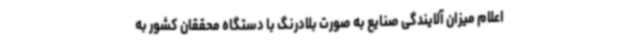
اعلام میزان آلایندگی صنایع به صورت بلادرنگ با دستگاه محققان کشور به